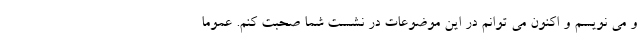
و می نویسم و اکنون می توانم در این موضوعات در نشست شما صحبت کنم. عموما